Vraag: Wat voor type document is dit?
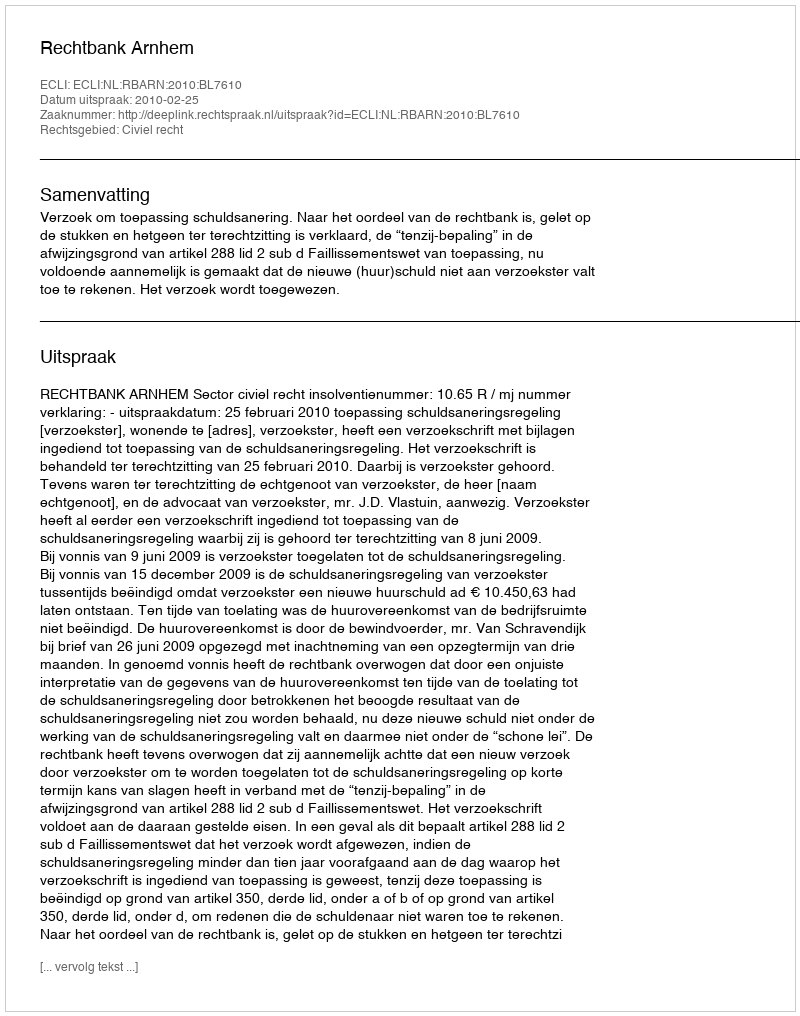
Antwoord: Uitspraak